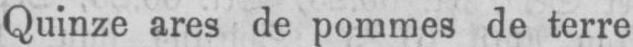
Quinze ares de pommes de terre